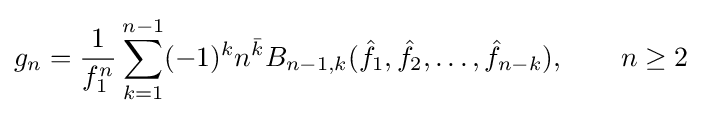
g_{n}={\frac {1}{f_{1}^{n}}}\sum _{k=1}^{n-1}(-1)^{k}n^{\bar {k}}B_{n-1,k}({\hat {f}}_{1},{\hat {f}}_{2},\ldots ,{\hat {f}}_{n-k}),\qquad n\geq 2